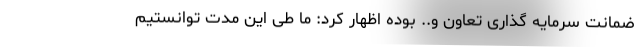
ضمانت سرمایه گذاری تعاون و.. بوده اظهار کرد: ما طی این مدت توانستیم